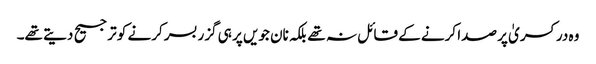
وہ در کسریٰ پر صدا کرنے کے قائل نہ تھے بلکہ نان جویں پر ہی گزر بسر کرنے کو ترجیح دیتے تھے۔